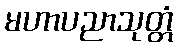
မဟာပညာသုတ္တံ